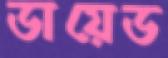
ডায়েড